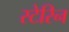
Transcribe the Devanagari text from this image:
स्टेरिन